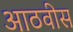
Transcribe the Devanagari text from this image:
आठवीस